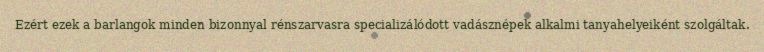
Ezért ezek a barlangok minden bizonnyal rénszarvasra specializálódott vadásznépek alkalmi tanyahelyeiként szolgáltak.